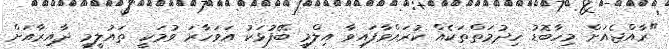
"ރާއްޖެއަށް މިހާބޮޑު ހިދުމަތްތަކެއް ކުރައްވާފައިވާ އިލްމީ ބޭފުޅަކު އަވަހާރަ ވުމަކީ ތައުލީމީ ދާއިރާއަށް